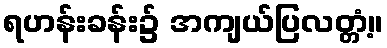
ရဟန်းခန်း၌ အကျယ်ပြလတ္တံ့။